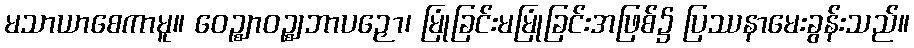
မသာယာစေကာမူ။ ဝေဉ္ဈာဝဉ္ဈဘာပဉှော၊ မြုံခြင်းမမြုံခြင်းအဖြစ်၌ ပြဿနာမေးခွန်းသည်။